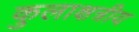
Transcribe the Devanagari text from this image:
कुलाक्षत्रीय